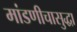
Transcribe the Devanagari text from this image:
मांडणीचासुद्धा